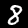
Label: 8